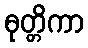
ဓုတ္တိကာ